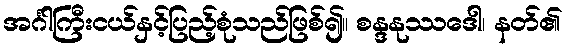
အင်္ဂါကြီးငယ်နှင့်ပြည့်စုံသည်ဖြစ်၍။ စန္ဒနုဿဒေါ၊ နတ်၏